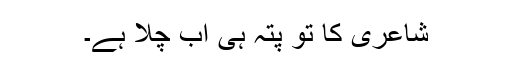
شاعری کا تو پتہ ہی اب چلا ہے۔